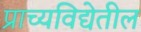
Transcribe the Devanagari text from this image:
प्राच्यविद्येतील